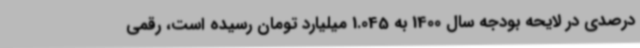
درصدی در لایحه بودجه سال 1400 به 1.045 میلیارد تومان رسیده است، رقمی